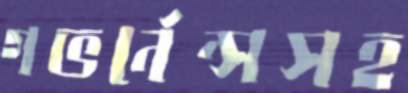
গভর্নেন্সসহ